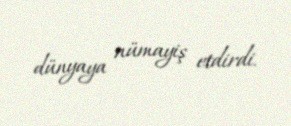
dünyaya nümayiş etdirdi.